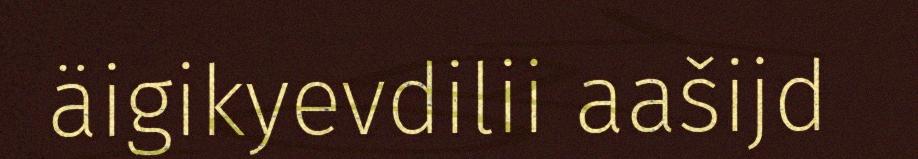
äigikyevdilii aašijd